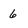
Character: 6